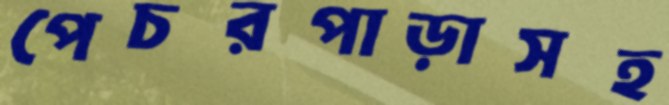
পেচরপাড়াসহ